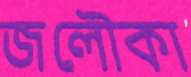
জলৌকা